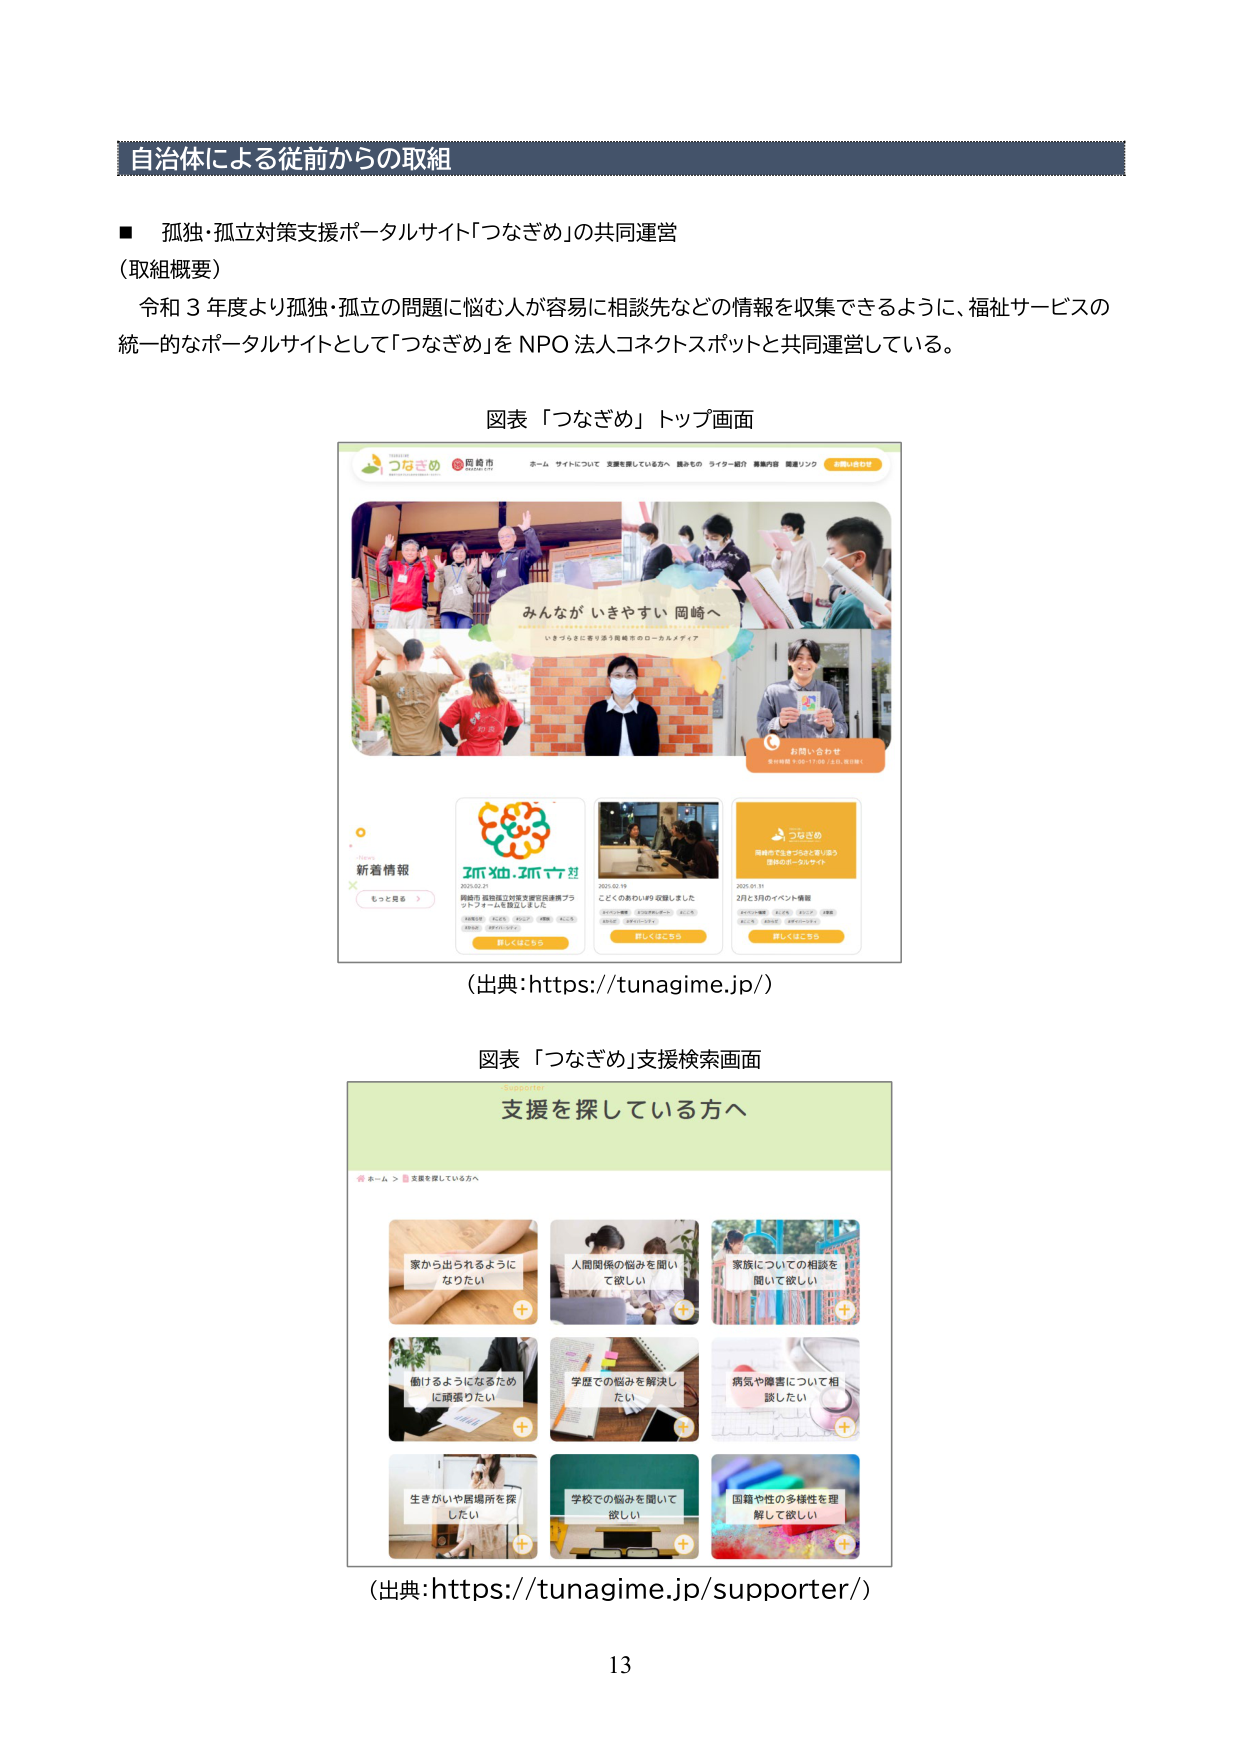
自治体による従前からの取組

■ 孤独・孤立対策支援ポータルサイト「つなぎめ」の共同運営
（取組概要）
令和３年度より孤独・孤立の問題に悩む人が容易に相談先などの情報を収集できるように、福祉サービスの
統一的なポータルサイトとして「つなぎめ」をNPO法人コネクトスポットと共同運営している。

図表「つなぎめ」トップ画面

つなぎめ
岡崎市
ホーム サイトについて 支援を探している方へ 誰かの ライター紹介 掲載内容 採用リンク お問い合わせ

みんなが いきやすい 岡崎へ
いきづらさに寄り添う岡崎市のローカルメディア

お問い合わせ
お気軽にお問い合わせください

新着情報
もっと見る

つなぎめ
2025.02.21
岡崎市 孤独孤立対策支援の共通プラ
ットフォームを設立しました
詳しくはこちら

2025.02.19
こどくのおむいが収録しました
詳しくはこちら

2025.01.31
2月と3月のイベント情報
詳しくはこちら

つなぎめ
岡崎市で生きづらさに寄り添う
全体のポータルサイト

（出典：https://tunagime.jp/）

図表「つなぎめ」支援検索画面

Supporter
支援を探している方へ

ホーム > 支援を探している方へ

家から出られるようになりたい
＋

人間関係の悩みを聞いて欲しい
＋

家族についての相談を聞いて欲しい
＋

働けるようになるために頑張りたい
＋

学歴での悩みを解決したい
＋

病気や障害について相談したい
＋

生きがいや居場所を探したい
＋

学校での悩みを聞いて欲しい
＋

国籍や性の多様性を理解して欲しい
＋

（出典：https://tunagime.jp/supporter/）

13